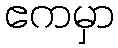
ဧကမှာ